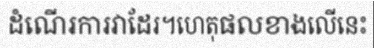
ដំណើរការវាដែរ។ហេតុផលខាងលើនេះ